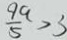
\frac { 9 a } { 5 } > 3